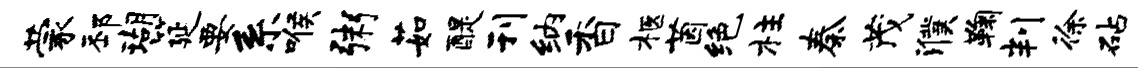
蒙邳瑚筵要系喉粥茹醍刊纳香柩茵绝柱秦茂濮鞠判徐砧